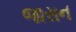
જાસન